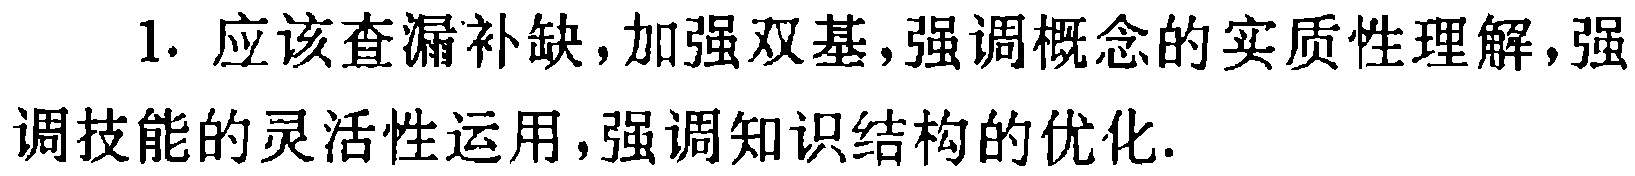
1. 应该查漏补缺,加强双基,强调概念的实质性理解,强调技能的灵活性运用,强调知识结构的优化.